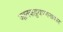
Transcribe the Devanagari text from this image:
जातकट्ठवण्णनाकार